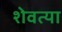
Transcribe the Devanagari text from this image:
शेवत्या